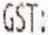
GST: